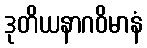
ဒုတိယနာဂဝိမာနံ